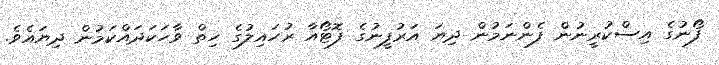
ފޯނުގެ އިސްކުރީނުން ފެންނަމުން ދިޔަ އަރުފީނުގެ ފޮޓޯއާ ރުހައިލުގެ ހިތް ވާހަކަދައްކަމުން ދިޔައެވެ.